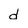
Character: d